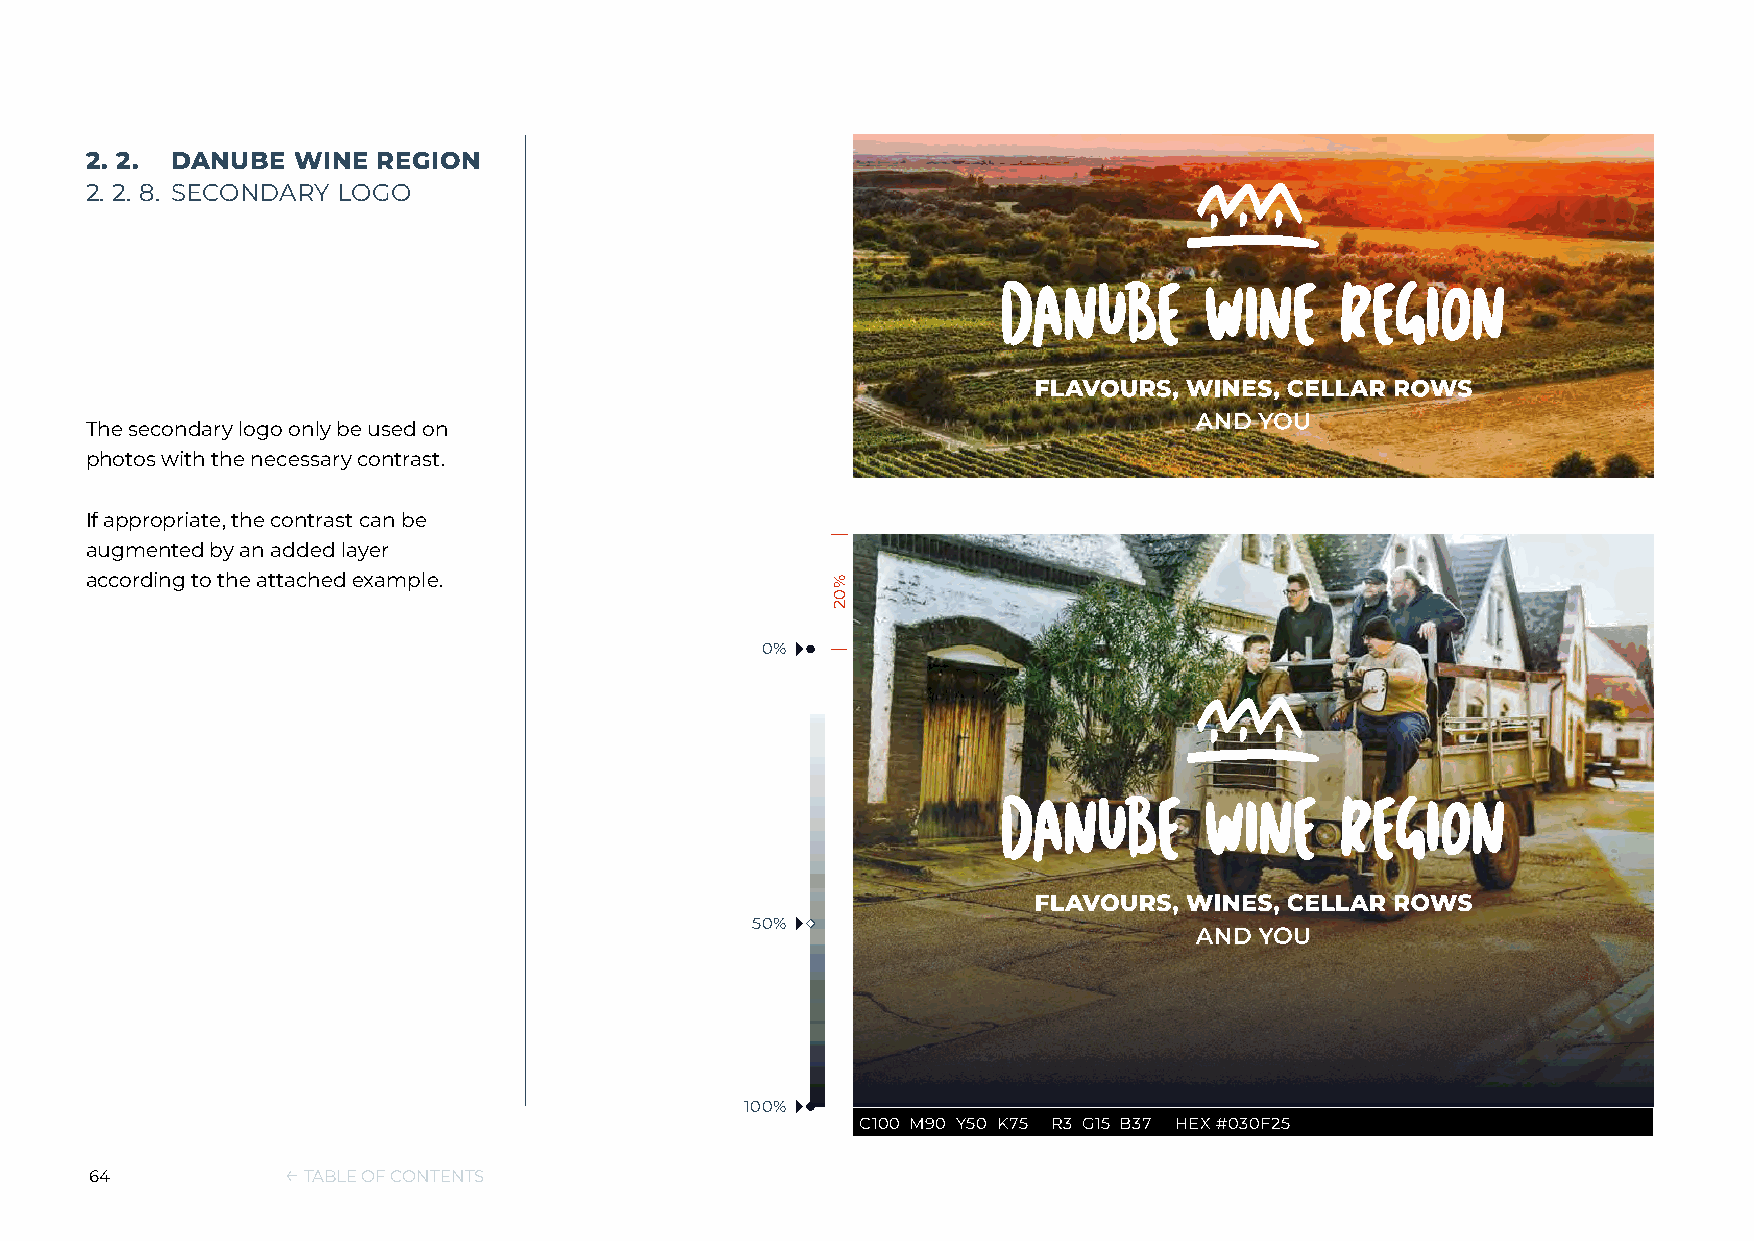
2. 2. DANUBE  WINE REGION
 2. 2. 8. SECONDARY LOGO
 The secondary logo only be used on
 photos with the necessary contrast.
 If appropriate, the contrast can be
 augmented by an added layer
 according to the attached example.
 0%
 50%
 100%
 C100 M90 Y50 K75 R3 G15 B37 HEX #030F25
 64           ← TABLE OF CONTENTS
 %02